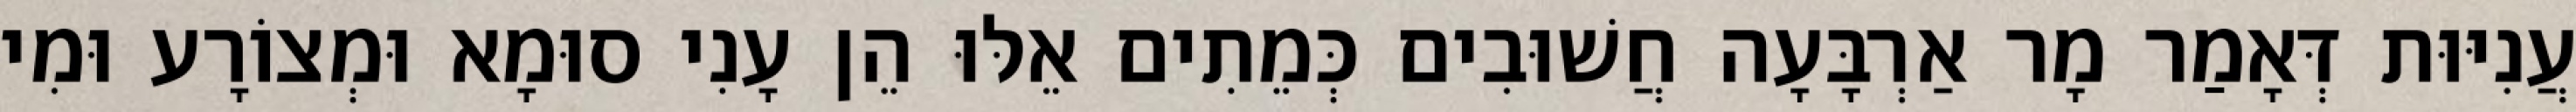
עֲנִיּוּת דְּאָמַר מָר אַרְבָּעָה חֲשׁוּבִים כְּמֵתִים אֵלּוּ הֵן עָנִי סוּמָא וּמְצוֹרָע וּמִי